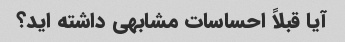
آیا قبلاً احساسات مشابهی داشته اید؟